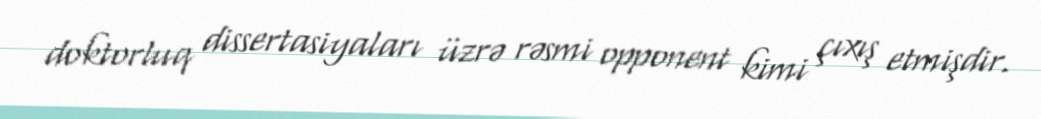
doktorluq dissertasiyaları üzrə rəsmi opponent kimi çıxış etmişdir.